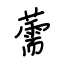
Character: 薷